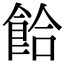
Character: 餄